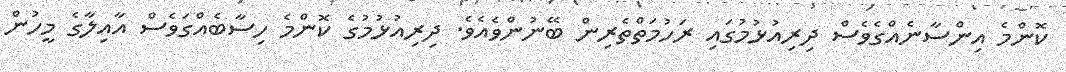
ކޮންމެ އިންސާނެއްގެވެސް ދިރިއުޅުމުގައި ރަހުމަތްތެރިން ބޭނުންވެއެވެ. ދިރިއުޅުމުގެ ކޮންމެ ހިސާބެއްގަވެސް އާއިލާގެ މީހުން